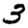
Digit: 3